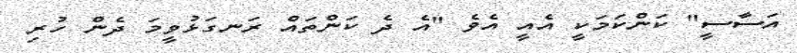
އަސާސީ" ކަންކަމަކީ އެއީ އެވެ "އެ ދެ ކަންތައް ރަނގަޅުވީމަ ދެން ހުރި